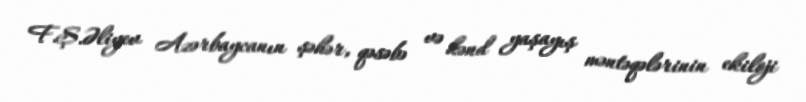
F.Ş.Əliyev Azərbaycanın şəhər, qəsəbə və kənd yaşayış məntəqələrinin ekiloji